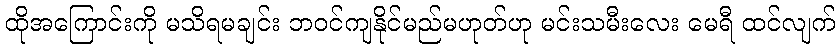
ထိုအကြောင်းကို မသိရမချင်း ဘဝင်ကျနိုင်မည်မဟုတ်ဟု မင်းသမီးလေး မေရီ ထင်လျက်